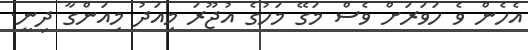
އެހެން ވެ ހަވަރަށް ވެސް މަގޭ މަހުގެ އުޖޫރަ މިއަދު މިއަންގާ ދިނީ.